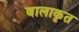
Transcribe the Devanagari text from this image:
बालाकृत